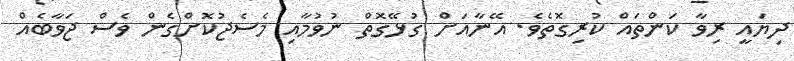
ދިޔައީ ރިވާ ކަންތައް ކުރިގޮތެވެ. އޭނާއަށް ގުޅޭގޮތް ނުވުމާއި މެސެޖުކޮށްގެން ވެސް ޖަވާބެއް